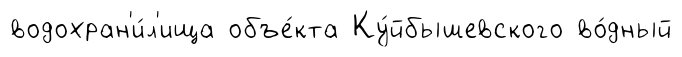
водохран'и́л'ища объе́кта Ку́йбышевского во́дный